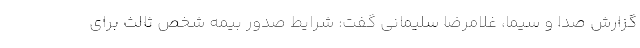
گزارش صدا و سیما، غلامرضا سلیمانی گفت: شرایط صدور بیمه شخص ثالث برای